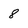
Character: 8